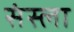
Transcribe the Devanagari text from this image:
संस्ला